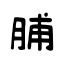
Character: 脯